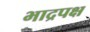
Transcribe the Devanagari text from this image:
भाद्रपक्ष